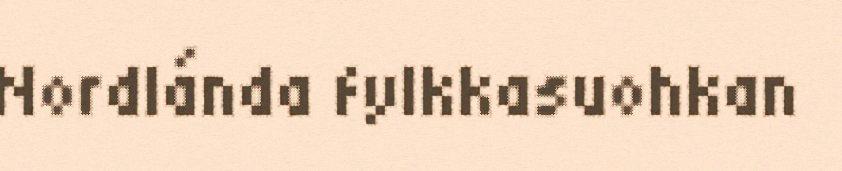
Nordlánda fylkkasuohkan